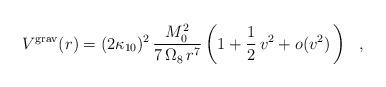
LaTeX: \begin{align*}V^{\rm grav}(r) = (2 \kappa_{10})^2 \,{M_0^2 \over 7\, \Omega_8\, r^7}\left(1 + \frac{1}{2} \,v^2 +o(v^2) \, \right)~~, \end{align*}